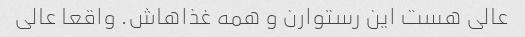
عالی هست این رستوارن و همه غذاهاش. واقعا عالی